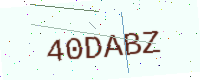
Text: 40DABZ